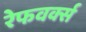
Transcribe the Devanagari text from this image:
रेफवर्क्स